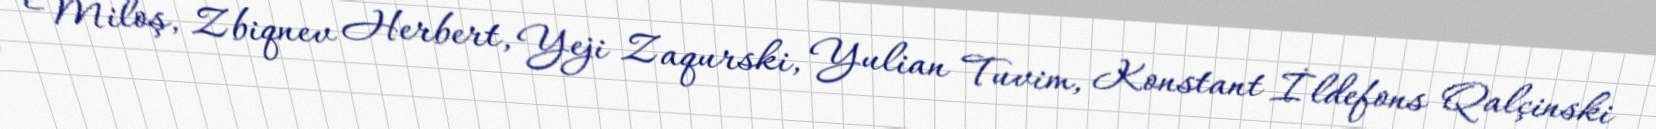
Miloş, Zbiqnev Herbert, Yeji Zaqurski, Yulian Tuvim, Konstant İldefons Qalçinski